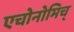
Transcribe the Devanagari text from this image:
एचोनोमिच्